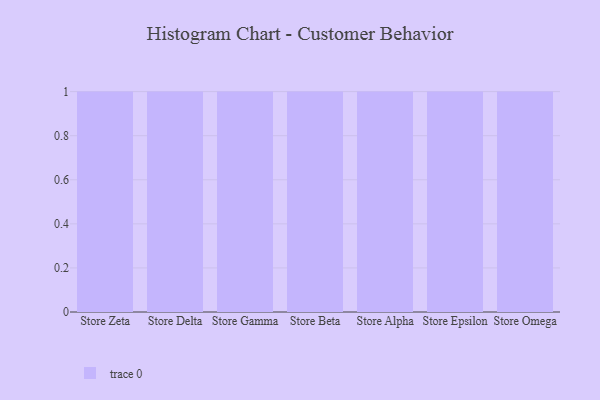
{"axis": {"x": "Store", "y": "Active Users"}, "legend": [""], "data": [{"x": "Store Zeta", "y": 22, "type": ""}, {"x": "Store Delta", "y": 23, "type": ""}, {"x": "Store Gamma", "y": 58, "type": ""}, {"x": "Store Beta", "y": 19, "type": ""}, {"x": "Store Alpha", "y": 34, "type": ""}, {"x": "Store Epsilon", "y": 18, "type": ""}, {"x": "Store Omega", "y": 72, "type": ""}]}